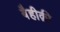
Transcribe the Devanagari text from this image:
बैहीक़ी